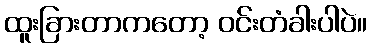
ထူးခြားတာကတော့ ဝင်းတံခါးပါပဲ။